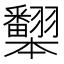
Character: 𰭦